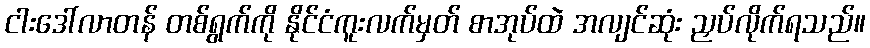
ငါးဒေါ်လာတန် တစ်ရွက်ကို နိုင်ငံကူးလက်မှတ် စာအုပ်ထဲ အလျင်ဆုံး ညှပ်လိုက်ရသည်။